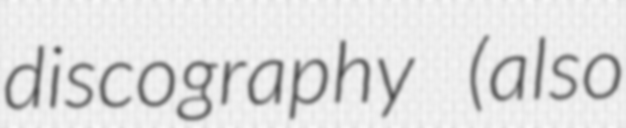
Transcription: discography (also